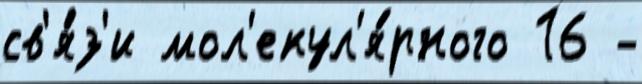
св'я́з'и мол'екул'я́рного 16 -